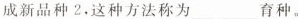
成新品种 2，这种方法称为___育种。